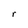
Character: r